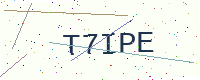
Text: T7IPE